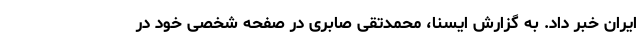
ایران خبر داد. به گزارش ایسنا، محمدتقی صابری در صفحه شخصی خود در